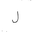
Letter: _lam